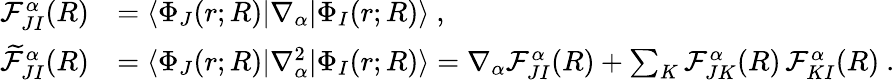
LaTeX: \begin{array}{rl}{\mathcal{F}_{JI}^{\alpha}(R)}&{=\langle\Phi_{J}(r;R)|\nabla_{\alpha}|\Phi_{I}(r;R)\rangle~,}\\ {\widetilde{\mathcal{F}}_{JI}^{\alpha}(R)}&{=\langle\Phi_{J}(r;R)|\nabla_{\alpha}^{2}|\Phi_{I}(r;R)\rangle=\nabla_{\alpha}\mathcal{F}_{JI}^{\alpha}(R)+\sum_{K}\mathcal{F}_{JK}^{\alpha}(R)\, \mathcal{F}_{KI}^{\alpha}(R)~.}\end{array}